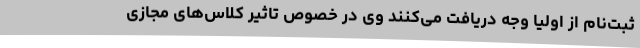
ثبت‌نام از اولیا وجه دریافت می‌کنند وی در خصوص تاثیر کلاس‌های مجازی